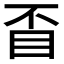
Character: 𥄓